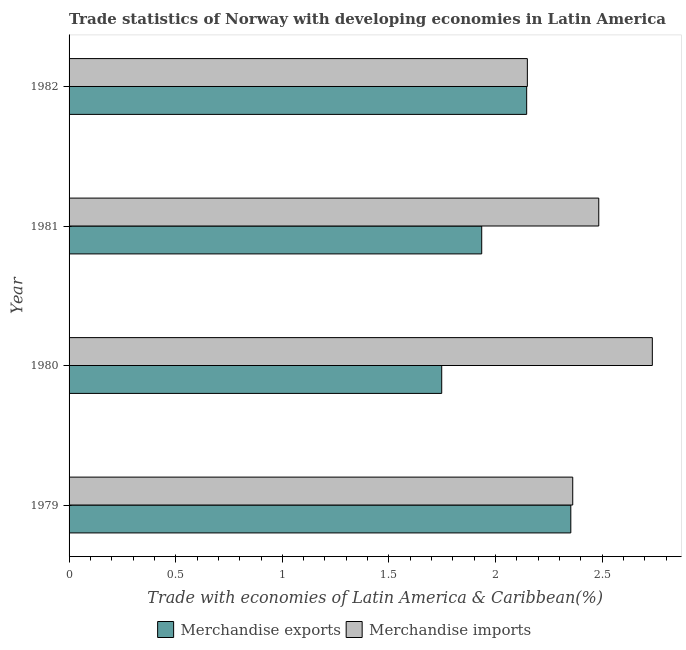
| Year | Merchandise exports | Merchandise imports |
 | --- | --- | --- |
 | 1979 | 2.35 | 2.36 |
 | 1980 | 1.75 | 2.73 |
 | 1981 | 1.93 | 2.48 |
 | 1982 | 2.15 | 2.15 |